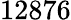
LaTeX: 12876